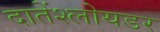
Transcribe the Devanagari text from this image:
दातेंश्लोयडर